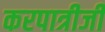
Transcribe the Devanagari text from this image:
करपात्रीजी